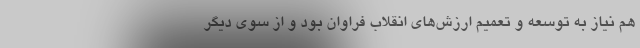
هم نیاز به توسعه و تعمیم ارزش‌های انقلاب فراوان بود و از سوی دیگر